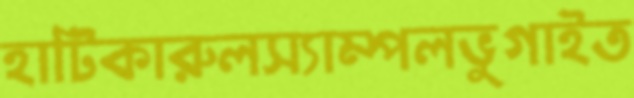
হাটিকারুলস্যাম্পলভুগাইত